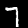
Digit: 7